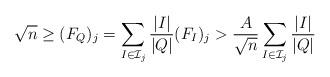
LaTeX: \begin{align*}\sqrt{n}\geq (F_Q)_j = \sum_{I \in \mathcal I_j} \frac{|I|}{|Q|} (F_I)_j > \frac{A}{\sqrt{n}}\sum_{I \in \mathcal I_j}\frac{|I|}{|Q|} \end{align*}